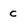
Character: c